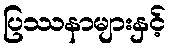
ပြဿနာများနှင့်